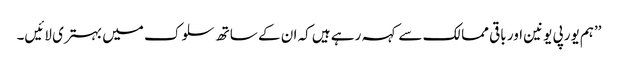
’’ہم یورپی یونین اور باقی ممالک سے کہہ رہے ہیں کہ ان کے ساتھ سلوک میں بہتری لائیں۔